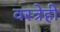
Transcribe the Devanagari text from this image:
वस्त्रेही